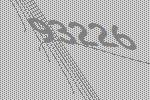
93226